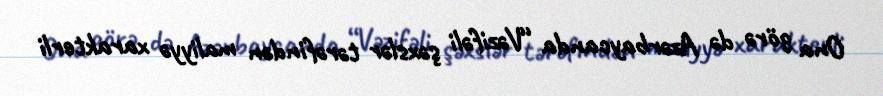
Ona görə də Azərbaycanda “Vəzifəli şəxslər tərəfindən maliyyə xarakterli